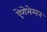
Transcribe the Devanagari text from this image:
ऐगेमेम्नन